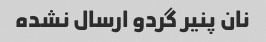
نان پنیر گردو ارسال نشده